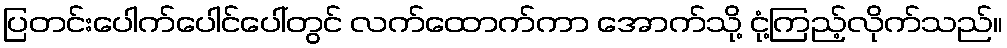
ပြတင်းပေါက်ပေါင်ပေါ်တွင် လက်ထောက်ကာ အောက်သို့ ငုံ့ကြည့်လိုက်သည်။